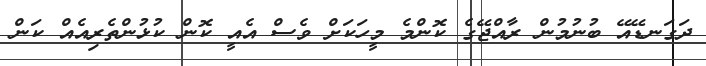
ދަގަނޑޭއޭ ބުނުމުން ރާއްޖޭގެ ކޮންމެ މީހަކަށް ވެސް އެއީ ކޮން ކުޅުންތެރިއެއް ކަން